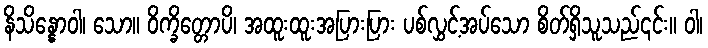
နိသိန္နောဝါ၊ သော။ ဝိက္ခိတ္တောပိ၊ အထူးထူးအပြားပြား ပစ်လွှင့်အပ်သော စိတ်ရှိသူသည်၎င်း။ ဝါ၊